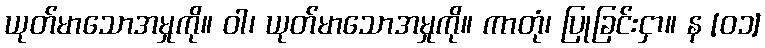
ယုတ်မာသောအမှုကို။ ဝါ၊ ယုတ်မာသောအမှုကို။ ကာတုံ၊ ပြုခြင်းငှာ။ န [၀၁]